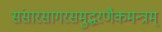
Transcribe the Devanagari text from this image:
संसारसागरसमुद्धरणैकमन्त्रम्